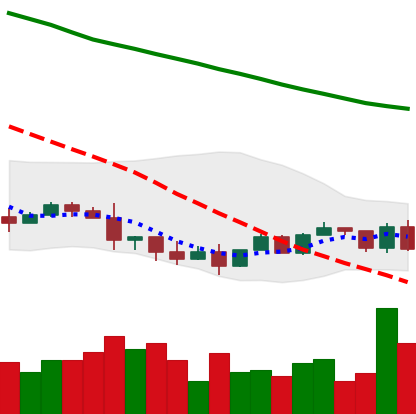
Ticker: NEO-USD
Chart end date: 2022-01-19
Forward return: -24.317%
Label: down_7plus